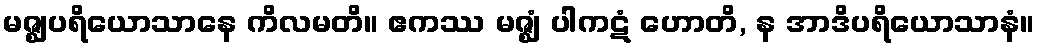
မဇ္ဈပရိယောသာနေ ကိလမတိ။ ဧကဿ မဇ္ဈံ ပါကဋံ ဟောတိ, န အာဒိပရိယောသာနံ။